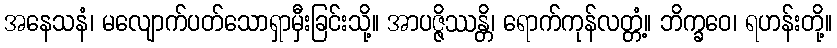
အနေသနံ၊ မလျောက်ပတ်သောရှာမှီးခြင်းသို့။ အာပဇ္ဇိဿန္တိ၊ ရောက်ကုန်လတ္တံ့။ ဘိက္ခဝေ၊ ရဟန်းတို့။